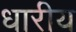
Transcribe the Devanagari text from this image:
धारीय